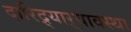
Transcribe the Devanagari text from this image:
दारिद्र्याऱ्यावस्था